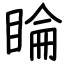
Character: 睔